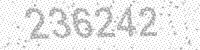
Solution: 236242